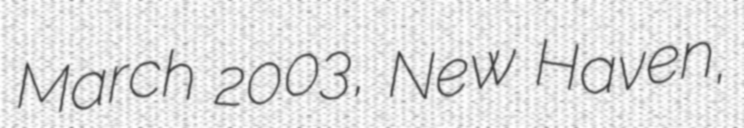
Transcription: March 2003, New Haven,